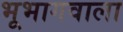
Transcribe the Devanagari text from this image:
भूभागवाला